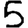
Digit: 5